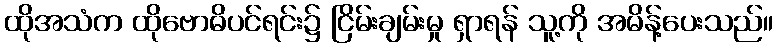
ထိုအသံက ထိုဗောဓိပင်ရင်း၌ ငြိမ်းချမ်းမှု ရှာရန် သူ့ကို အမိန့်ပေးသည်။